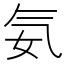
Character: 𣱘